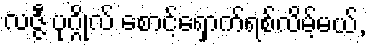
လဇ္ဇီ ပုဂ္ဂိုလ် စောင့်ရှောက်ရစ်လိမ့်မယ်,